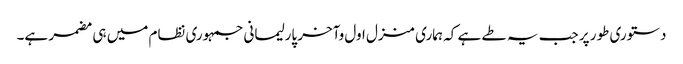
دستوری طور پر جب یہ طے ہے کہ ہماری منزل اول وآخر پارلیمانی جمہوری نظام میں ہی مضمر ہے۔